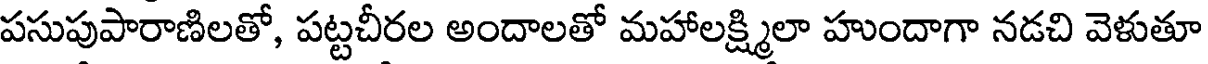
పసుపుపారాణిలతో, పట్టచీరల అందాలతో మహాలక్ష్మిలా హుందాగా నడచి వెళుతూ